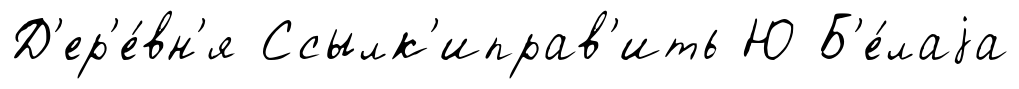
Д'ер'е́вн'я Ссылк'иправ'ить Ю Б'е́лаjа